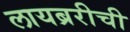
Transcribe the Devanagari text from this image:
लायब्ररीची